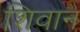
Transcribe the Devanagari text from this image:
शिवान